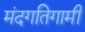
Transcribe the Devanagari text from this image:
मंदगतिगामी